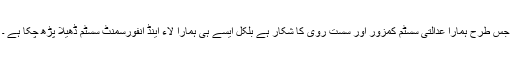
جس طرح ہمارا عدالتی سسٹم کمزور اور سست روی کا شکار ہے بلکل ایسے ہی ہمارا لاء اینڈ انفورسمنٹ سسٹم ڈھیلا پڑھ چکا ہے ۔